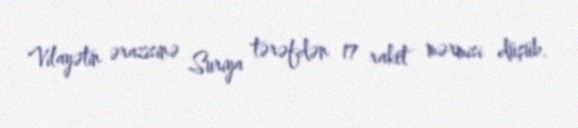
Vilayətin ərazisinə Suriya tərəfdən 17 raket mərmisi düşüb.